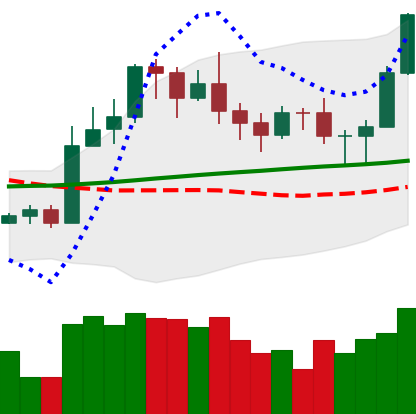
Ticker: LTC-USD
Chart end date: 2020-11-06
Forward return: -5.728%
Label: down_5_7